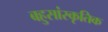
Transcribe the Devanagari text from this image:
बहुसांस्‍कृतिक